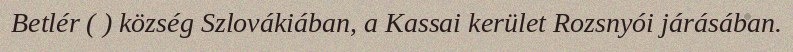
Betlér ( ) község Szlovákiában, a Kassai kerület Rozsnyói járásában.